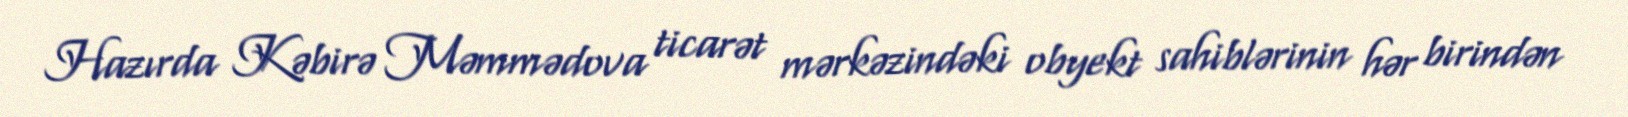
Hazırda Kəbirə Məmmədova ticarət mərkəzindəki obyekt sahiblərinin hər birindən